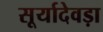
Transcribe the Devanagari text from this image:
सूर्यादेवड़ा